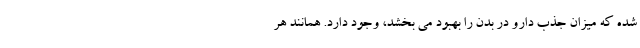
شده که میزان جذب دارو در بدن را بهبود می بخشد، وجود دارد. همانند هر